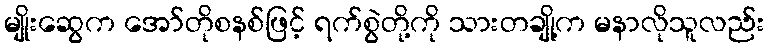
မျိုးဆွေက အော်တိုစနစ်ဖြင့် ရက်စွဲတို့ကို သားတချို့က မနာလိုသူလည်း